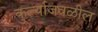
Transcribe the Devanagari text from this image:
कुर्ल्याजवळील